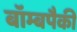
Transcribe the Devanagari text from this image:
बॉम्बपैकी